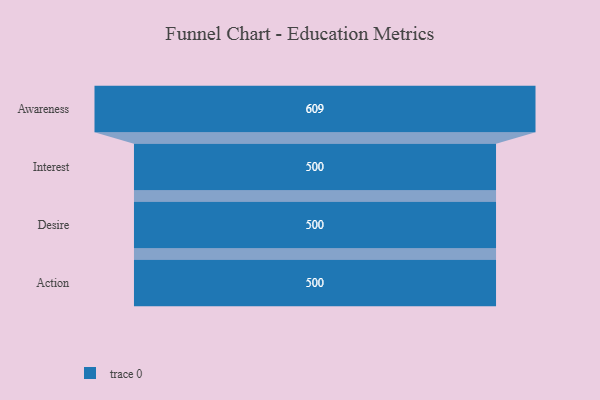
{"axis": {"x": "Stage", "y": "Value"}, "legend": [""], "data": [{"x": "Awareness", "y": 609.0, "type": ""}, {"x": "Interest", "y": 500, "type": ""}, {"x": "Desire", "y": 500, "type": ""}, {"x": "Action", "y": 500, "type": ""}]}